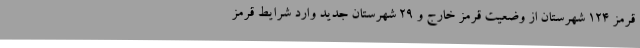
قرمز ۱۲۴ شهرستان از وضعیت قرمز خارج و ۲۹ شهرستان جدید وارد شرایط قرمز